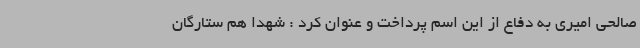
صالحی امیری به دفاع از این اسم پرداخت و عنوان کرد : شهدا هم ستارگان